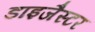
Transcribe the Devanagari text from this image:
डाइजैस्टर